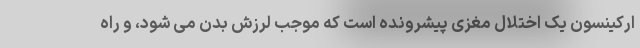
ارکینسون یک اختلال مغزی پیشرونده است که موجب لرزش بدن می شود، و راه